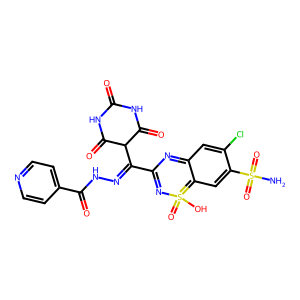
SMILES: NS(=O)(=O)c1cc2c(cc1Cl)=NC(C(=NNC(=O)c1ccncc1)C1C(=O)NC(=O)NC1=O)=NS=2(=O)O
Inhibits HIV replication: No